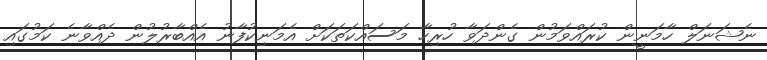
ނެޝަނަލް ހާމަނީން ކުރައްވަމުން ގެންދަވާ ހުރިހާ މަސައްކަތަކަށް އެމަނިކުފާނު އެއްބާރުލުން ދެއްވާނެ ކަމުގައި